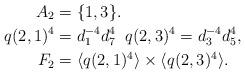
LaTeX: \begin{align*}A_2&=\{1,3\}.\\q(2,1)^4&=d_1^{-4}d^4_7 \; \; q(2,3)^4=d_3^{-4}d^4_5,\\F_2&=\langle q(2,1)^{4}\rangle\times\langle q(2,3)^{4}\rangle.\end{align*}